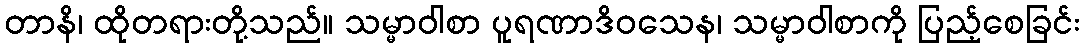
တာနိ၊ ထိုတရားတို့သည်။ သမ္မာဝါစာ ပူရဏာဒိဝသေန၊ သမ္မာဝါစာကို ပြည့်စေခြင်း